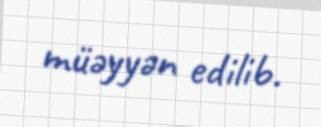
müəyyən edilib.